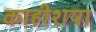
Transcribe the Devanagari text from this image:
काहीशया